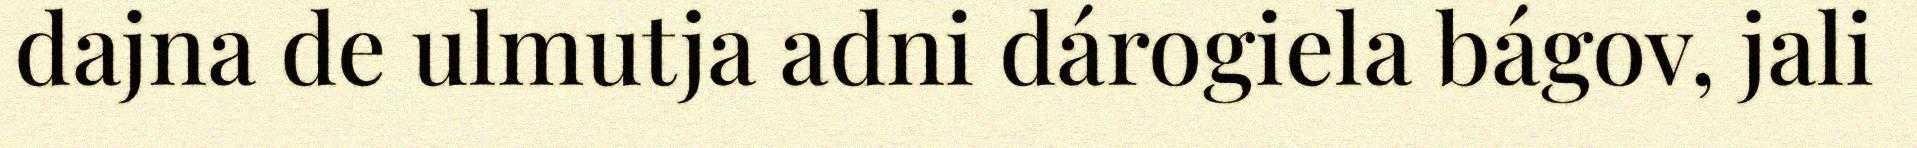
dajna de ulmutja adni dárogiela bágov, jali